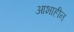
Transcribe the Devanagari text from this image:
आभाहीन